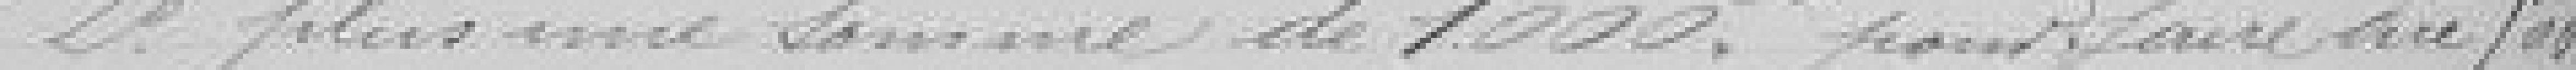
2°. plus une somme de 1000 francs pour faire dire 500